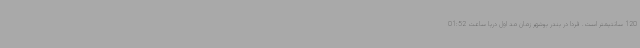
120 سانتیمتر است. فردا در بندر بوشهر زمان مد اول دریا ساعت 01:52